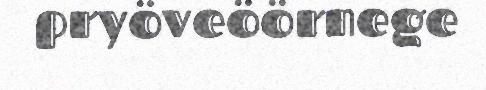
pryöveöörnege